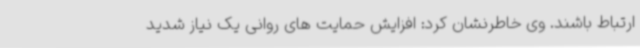
ارتباط باشند. وی خاطرنشان کرد: افزایش حمایت های روانی یک نیاز شدید